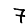
Digit: 7